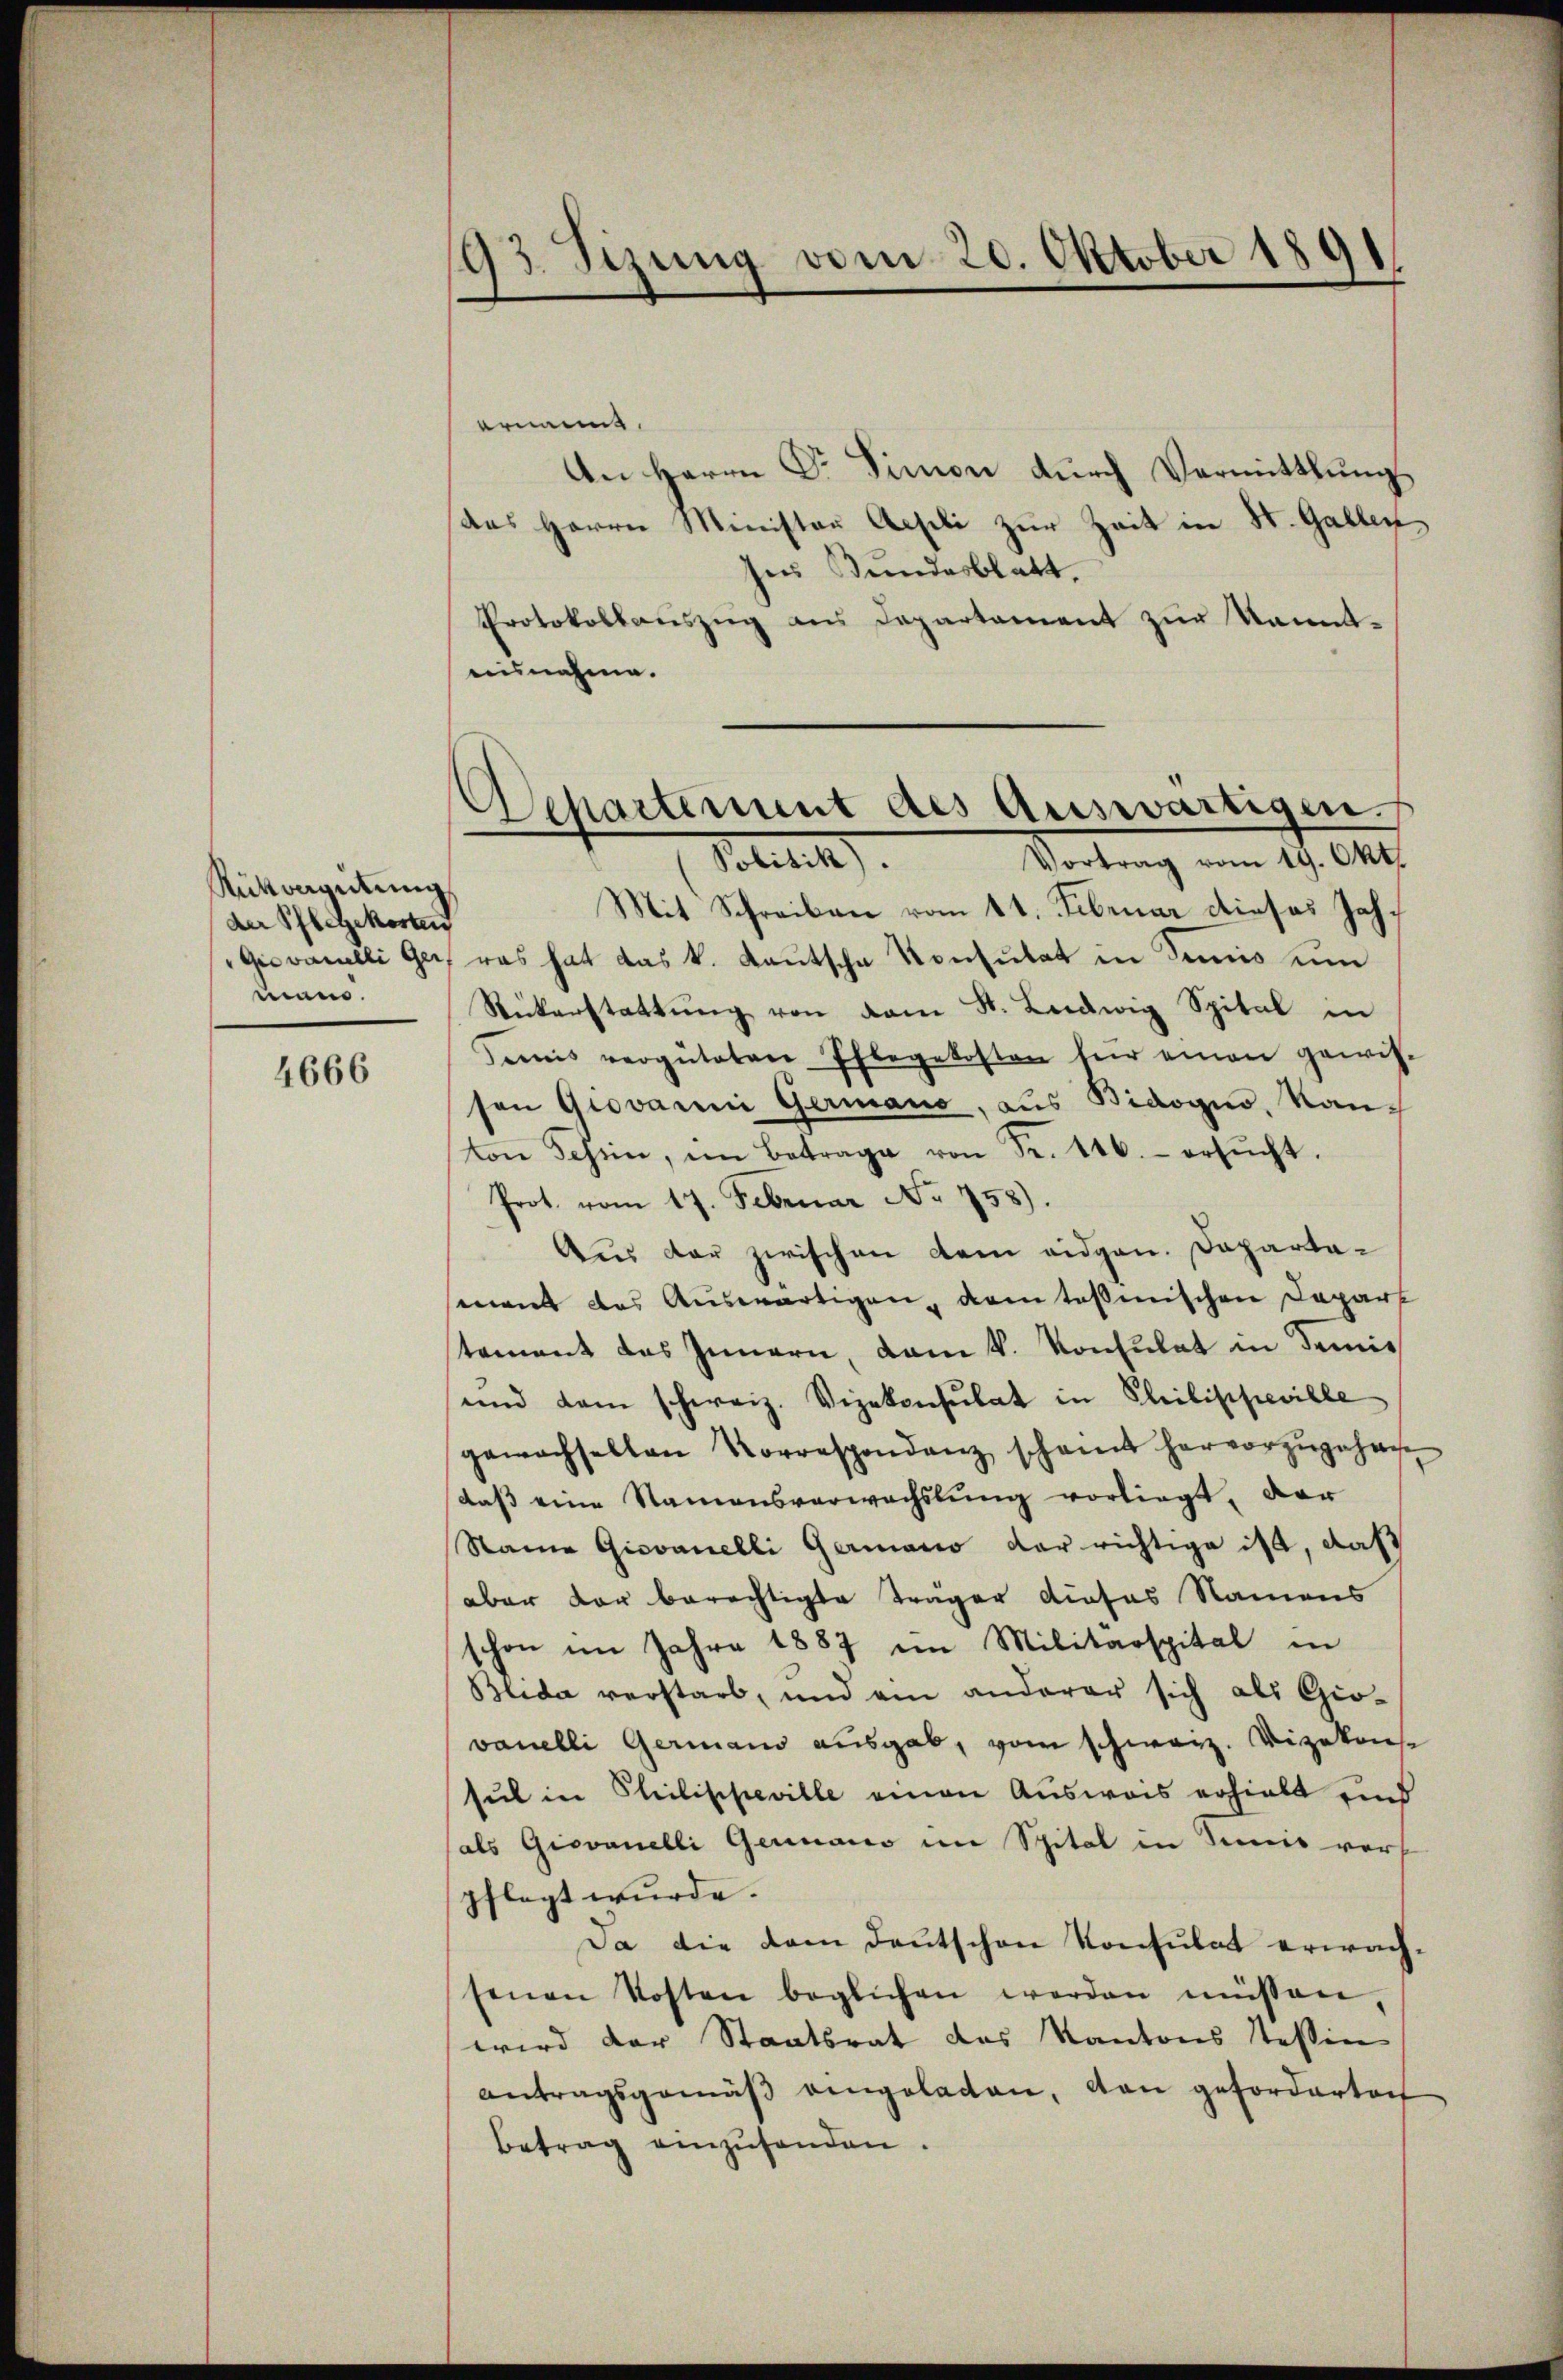
Rükvergütung
der Pflegekosten
mann.

4666

193. Sizung vom 20. Oktober 1891

Scharterint als Auswärtigen.
Vortrag vom 19. Okt.
Politik.

ernannt.
An Herrn Dr. Simon dŭrch Vermittlung
das Herrn Minister Aeseli zur Zeit in St. Gallen
ses Bundesblatt.
Protokollauszug aus Departement zur kanntausnahme.
Mit Schreiben vom 11. Februar dieses Jah¬
Giovanelli Ger, was hat das k. Kautsche Konsulat in demnis um
Rickerstattŭng von dem St. Ludwig Spital in
emnis vergüteten Pflegekosten für einen gewis-
ton Grovarii Germano, aus Bidogno, Kanton Tessin, im Betrage von Fr. 146. ersŭcht.
Prot. vom 17. Februar No. 758).
Aus der zwischen dem eidgen. Departamant das Auswärtigen, dem tosmischen Depart
tement das Innern, dam k. Konsulat in demis
ŭnd dem schweiz. Vizekonsulat in Philippeville
gewachselten Korrespondenz scheint hervorzŭgehen,
daß eine Namensverwachslung vorliegt, dar
Name Giovanelli Germano der richtige ist, daß
aber der berechtigte Träger dieses Namens
schon im Jahre 1887 im Militärspital in
Blida verstarb, und am anderer sich als Gio-
vanelli Germans ausgab, vom schweiz. Vizekonse
sul in Philischeville einen Ausweis erhielt und
(als Giovanelli Germano im Spital in Semie vors
pflegt wurde.
Da die dem Deutschen Konsulat erwachsenen Kosten beglichen werden müssen.
wird der Staatsrat des Kantons tessin
antragsgemäβ eingeladen, von gefordertoch
betrag einzusenden.